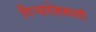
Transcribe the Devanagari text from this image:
गिऱ्यारोहकाशी